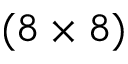
( 8 \times 8 )